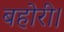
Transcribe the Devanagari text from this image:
बहोरी।